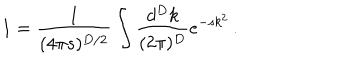
1 = \frac { 1 } { ( 4 \pi s ) ^ { D / 2 } } \int \frac { d ^ { D } k } { ( 2 \pi ) ^ { D } } e ^ { - s k ^ { 2 } } \, .